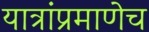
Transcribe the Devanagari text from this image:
यात्रांप्रमाणेच